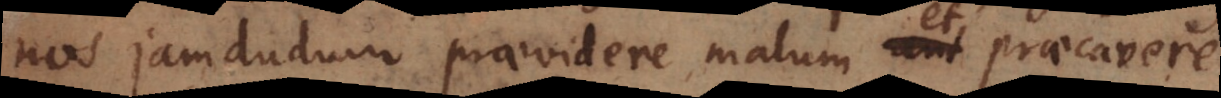
nos jamdudum praevidere malum et praecavere